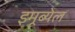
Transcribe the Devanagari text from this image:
इमूब्येल